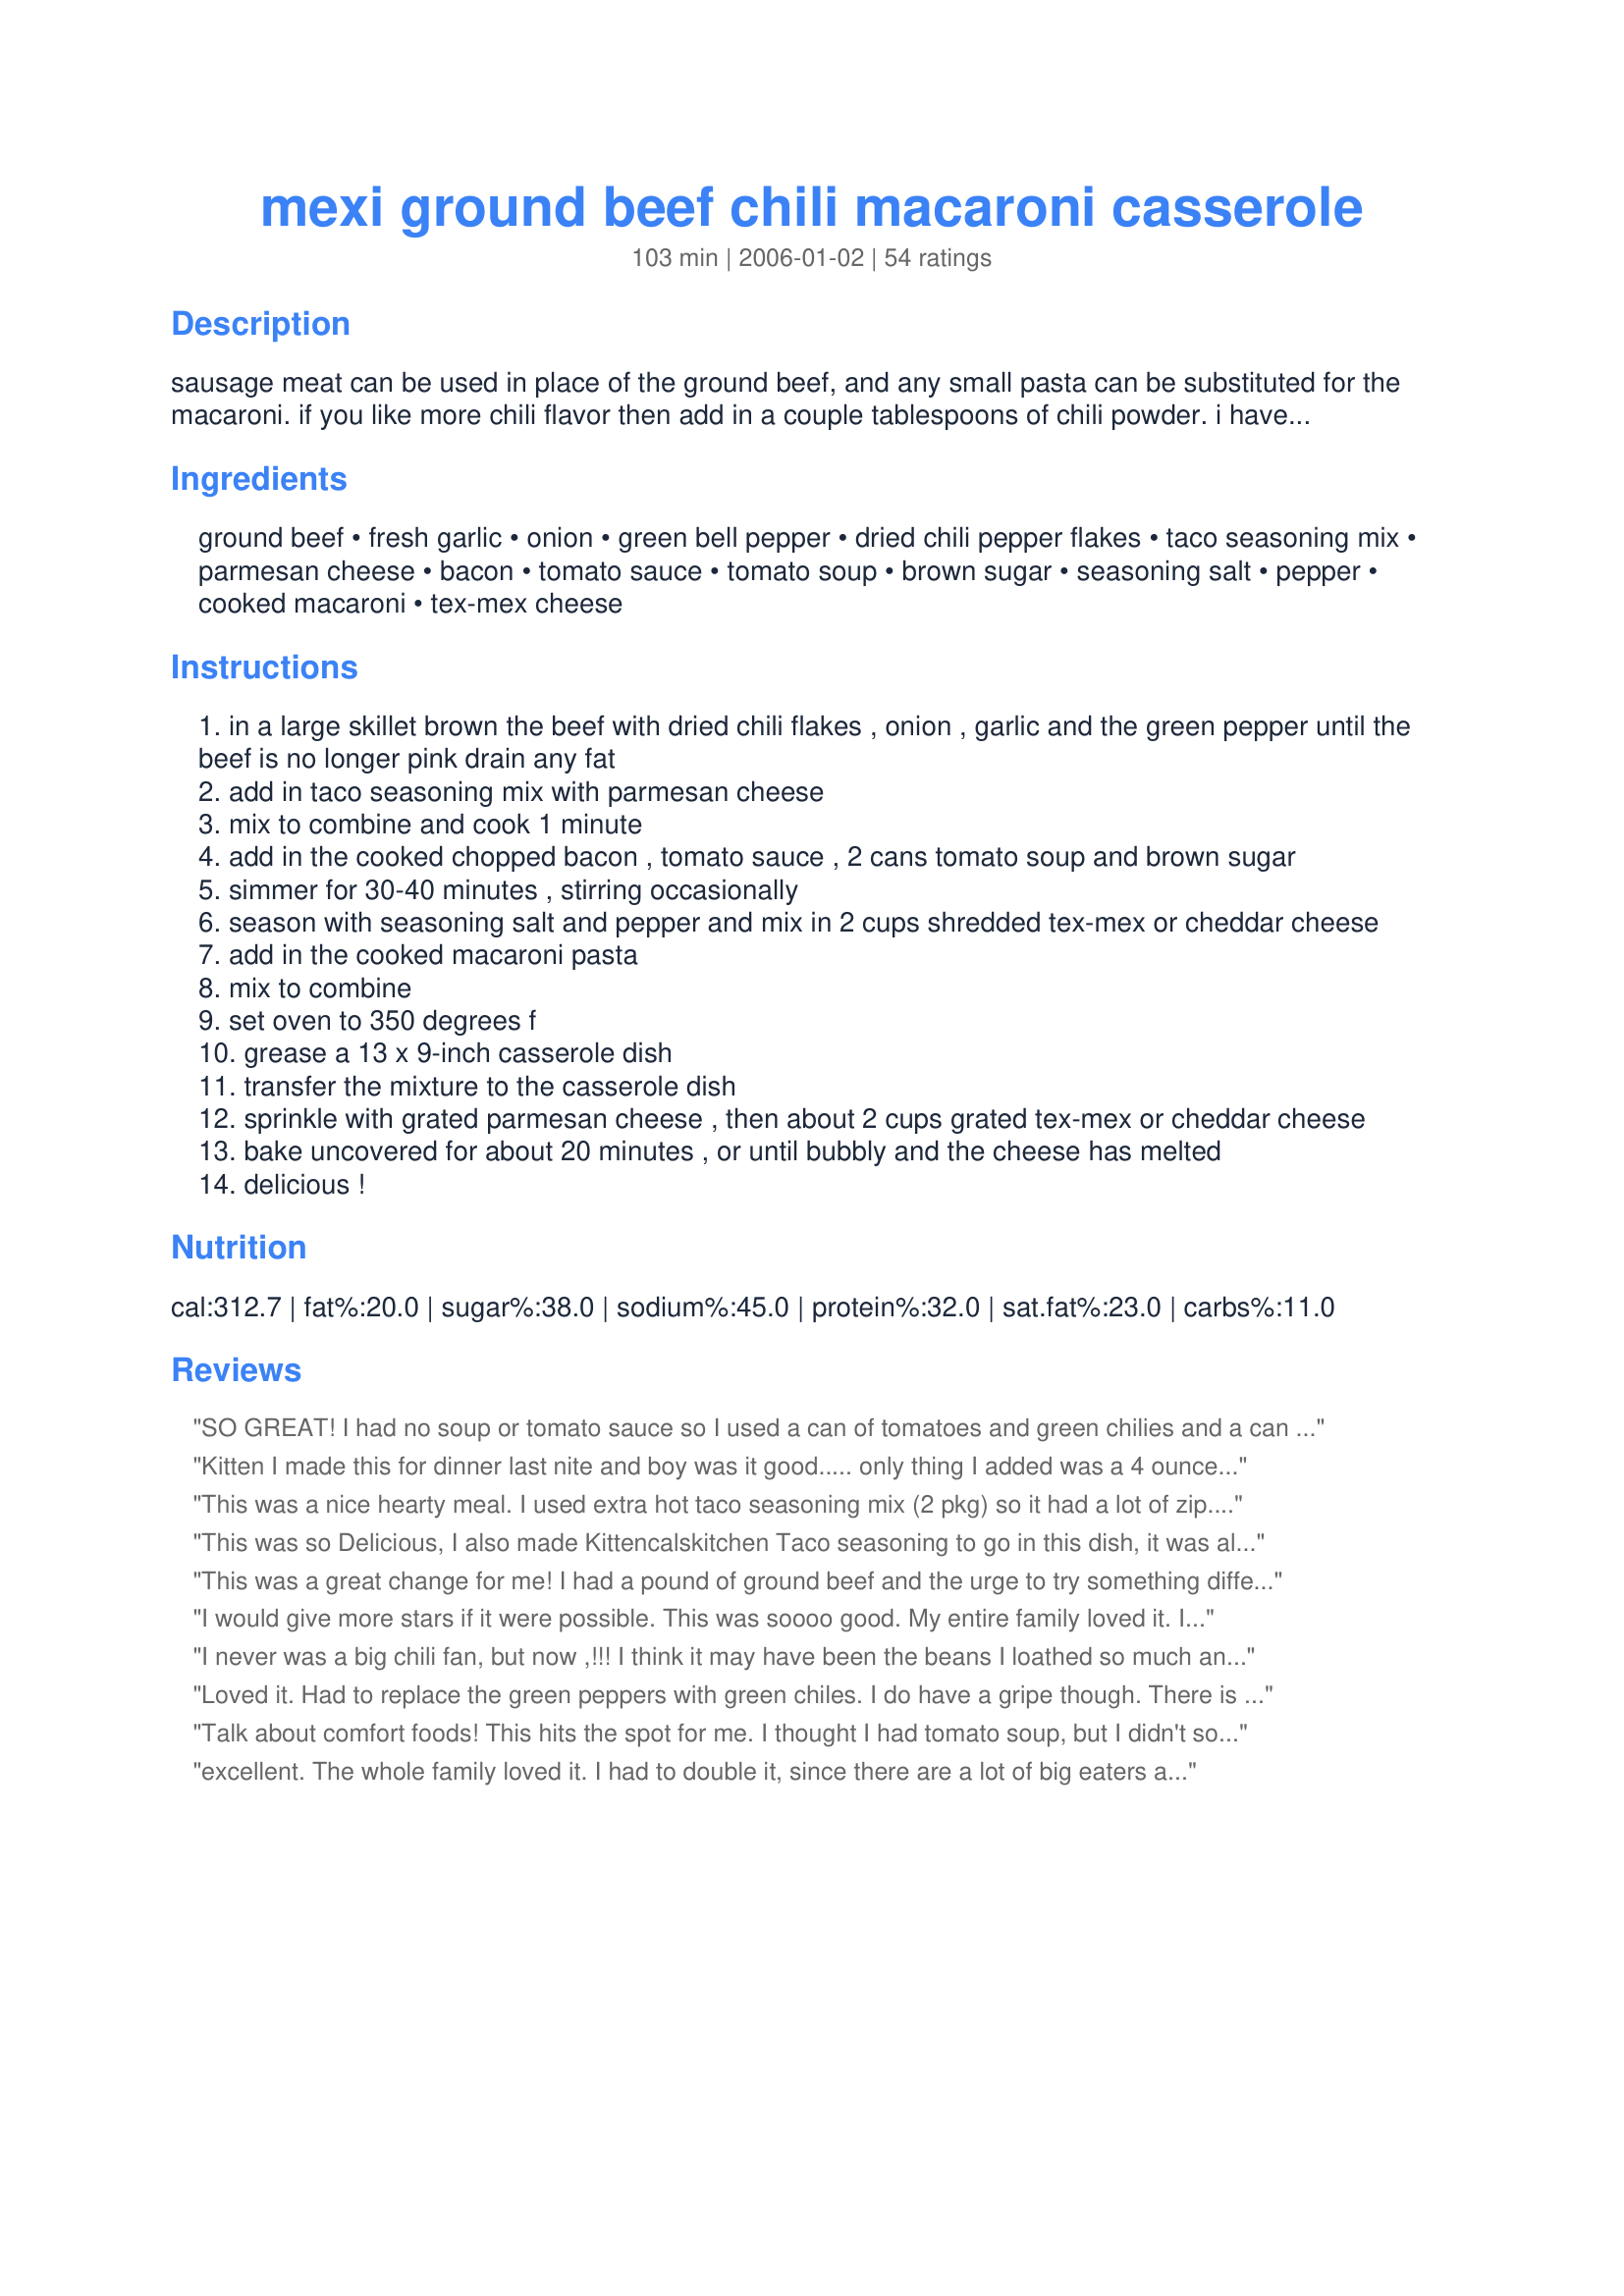
mexi ground beef chili macaroni casserole
Preparation time: 103 minutes

sausage meat can be used in place of the ground beef, and any small pasta can be substituted for the macaroni. if you like more chili flavor then add in a couple tablespoons of chili powder. i have even added in some red kidney beans and sliced green olives to this casserole, but that is optional. this casserole can be completely prepared up to 24 hours in advance, cover the casserole dish tightly with plastic wrap, then refrigerate until ready to bake, increase the cooking time slightly. for taco seasoning see recipe #76616.

Ingredients:
ground beef, fresh garlic, onion, green bell pepper, dried chili pepper flakes, taco seasoning mix, parmesan cheese, bacon, tomato sauce, tomato soup, brown sugar, seasoning salt, pepper, cooked macaroni, tex-mex cheese

Steps:
in a large skillet brown the beef with dried chili flakes , onion , garlic and the green pepper until the beef is no longer pink drain any fat
add in taco seasoning mix with parmesan cheese
mix to combine and cook 1 minute
add in the cooked chopped bacon , tomato sauce , 2 cans tomato soup and brown sugar
simmer for 30-40 minutes , stirring occasionally
season with seasoning salt and pepper and mix in 2 cups shredded tex-mex or cheddar cheese
add in the cooked macaroni pasta
mix to combine
set oven to 350 degrees f
grease a 13 x 9-inch casserole dish
transfer the mixture to the casserole dish
sprinkle with grated parmesan cheese , then about 2 cups grated tex-mex or cheddar cheese
bake uncovered for about 20 minutes , or until bubbly and the cheese has melted
delicious !

Reviews:
SO GREAT! I had no soup or tomato sauce so I used a can of tomatoes and green chilies and a can of diced tomatoes and black beans drained instead. I had no time to simmer for 30 minutes so I just put it all in the oven asap and it was great. Everyone raved!
I also doubled the hamburger and used a lb of pasta.
Kitten I made this for dinner last nite and boy was it good..... only thing I added was a 4 ounce can of mild diced green chiles.... of course I used your taco seasoning mix, single recipe. Don't like the store bought stuff.. have e-mailed both recipes to family and friends.. thanks for another award winning recipe ... nita i gave this recipe 5 stars, how did 2 show up?
This was a nice hearty meal. I used extra hot taco seasoning mix (2 pkg) so it had a lot of zip. I used condensed tomato soup and it was good; I was unsure if this should have been ready to eat or condensed. Definitely loved the extra spicy version.
This was so Delicious, I also made Kittencalskitchen Taco seasoning to go in this dish, it was also Delicious, I will definitely be looking for more recipes from kittencalskitchen...Thanks Kittencalkitchen.
This was a great change for me! I had a pound of ground beef and the urge to try something different. This appealed to me immediately! I added some beef chorizo to the hamburger, added about 1-1/2 cups of frozen corn and a can of black beans (rinsed) with the sauce. Instead of 2 cans of tomato soup, I used only one can and subbed a can of Rotel (diced tomatoes with chili peppers). It turned out great!!! My hubby said he loved it and I should make it again! Thanks for posting this wonderful recipe, Kittenscalskitchen!!!!
I would give more stars if it were possible. This was soooo good. My entire family loved it. I used both packets of taco spice and did not find it too spicy at all. Only change I mad was using 1/2 a green pepper and 1/2 of a red one. Will for sure make again. Thanks for another wonderful recipe Kitten.
I never was a big chili fan, but now ,!!! I think it may have been the beans I loathed so much and I was glad this recipe did not call for them and delighted to see it added a touch of sweetness as well. I followed the recipe almost directly with the exception of using cubed cooked potatoes instead of the pasta...Hormel has a chili and spuds ready made meal that gave me the idea. It turned out great. My husband who was skeptical at first only put a little on his plate but finished it in no time and went back for seconds but filled his plate to capacity!!! Thanks for another great one Kittencal!!
Loved it. Had to replace the green peppers with green chiles. I do have a gripe though. There is so much cheese on the top that it becomes an uncuttable blanket. Next time I will use less cheese on top. Thanks for sharing. Will make this again.
Talk about comfort foods! This hits the spot for me. I thought I had tomato soup, but I didn't so I used a 28 ounce can of garlic and herb tomato sauce. Used rigatoni pasta, about 3 teaspoons chili flakes, and added 1 serrano pepper for extra heat. To die for! I used parm, jack and cheddar cheeses! Thanks for another yet another keeper, kittencal!! Will make this often!

***Update: I made this last week for the 3rd time, but this time I finely diced up steak instead of the ground beef. It was OVER THE TOP!! This is seriously one of my favorite casserole/comfort dishes! Thanks again and again Kitten!!
excellent. The whole family loved it. I had to double it, since there are a lot of big eaters and we use last night&#039;s dinner for tomorrow&#039;s lunch. Fixed the entire thing by the recipe, and have no complaints. It is a recipe that can take adjustments and be good each time.
Since I didn't have some of the ingredients on hand I had to improvise and was a lil worried how it will turn out :) .... BUT it was YUM-MY !!!
I had no Bell Pepper nor the Tomato Soup and substituted it with some (frozen) corn and canned olives, also I only added 1 can of diced tomatoes.
It turned out great and I tell ya .. Just experiment a bit ;)
This is a perfect comfort dish!!! Didn't add any brown sugar and used low-fat mozzarella cheese. I also forgot to add the bacon!! ;) Thanks Kit - this was so good - and even better the next day when we had some leftovers!! :)
Great tasty recipe! I threw in a small link of chirzo and used one packet of hot and spicy taco seasoning. Just the right zing. I did not add any pepper flakes. I didn't add the bacon and used penne whole wheat noodles. We really enjoyed this one!
Fantatic recipe. The only change made is to use tomato sauce instead of tomato soup...just a personal preference. Thanks for the great recipe.
I don't usually make recipes with tomato soup in them, but this looked so good I went to the store and picked some up just to make it. I am sure glad I did, because this was one great casserole that everyone loved and the dish was empty at the end of the meal! My dad says to tell you, you can cook for him anytime :) Thanks for this wonderful addition to my recipe box!
I would have never thought of this recipe! What a great combination of flavors. I ended up using italian flavored sauce instead of tomato soup and it was really good. I also garnished with cilantro. The mixture of cheeses, meats and noodles was absolute genius.
I made this last week and thought it was outstanding!!! Very full of flavor and filling. Definatly will make again.
Really good. I think I would prefer to leave out the brown sugar next time. I am not fond of sweet chili, but it still was very good and the kids loved it! Thanks!
I LOVED this recipe! I used only 1 tsp of brown sugar. I didn't really see the need for the bacon and probably won't put it in next time. I'm not sure why because I'm a big fan of bacon but I just didn't think this recipe really needed it. I'll definately be making this again.
I made this last night and everyone liked it. The only changes I made was to add a can of kidney beans, and I didn't add the chili pepper because we are whimps and I have little ones. Thanks for a very different dinner.
I was just looking for something to make for dinner that used the ground beef I had thawed. This recipe sounded interessting. It was easy to make in one pot with an oven proof dutch oven. I chopped the bacon & fried it, then drained & removed. Cooked the beef in the same pot then added everthing else according to plan. Instead of transferring to a baking dish I just added cheese & popped it in the oven. Love one-pot meals! DH LOVED this recipe. Just raved like a lunatic about it all through dinner. DS was in full agreement with him, but I personally thought the taco flavor was too strong & I would have preferred to use les taco seasoning & more chili powder. It could be my taco seasoning (store-bought) not Kitt's homemade but I thought the taco flavor was overpowering without the kick of chili powder. I used radiatorre pasta & added in 1/2 teaspoon crushed red chili flakes. I'll be making this again as it was a huge hit but I will use 1/2 a packet of taco seasoning & add a 1-2 Tablespoons chili powder. Thanks for another great recipe, Kitt! Made in John's memory.
This was extra good! I make casseroles about 2x a week and needed a change. Very flavorful. I only used one packet of Taco Seasoning. I served it with cornbread. Thanks for the recipe! It will be added to our rotation :)
Tasty! This was really good! We like things a bit hot, so I added extra cumin, cayenne pepper and chili powder. Also added black olives to the mix and used lots of cheese! As my nephew said “who doesn’t like cheese?!”
I really liked this. I followed recipe as written using the link for Kittencal's Taco Seasoning Mix instead of store bought. I did as suggested and doubled the seasoning recipe but I think it was too much - I'd go without doubling next time. The dish was extremely spicy and I like spicy so that is saying alot. I salvaged it by cooking another pound of ground beef and simmering in more tomato sauce and tomato soup. I mixed it with the original batch and sprinkled with more cheese and baked again for 20 minutes. Very yummy and just the right amount of spice for us!
This had good flavor, my husband loved it! My kids and I thought it was a bit spicy (we're wimps) and we only used the one package of Taco mix. A couple things... it took a LOT longer than 30 minutes prep (cook the noodles, the bacon, chop everything, simmer the pot, transfer into casserole etc.) Also, I'd simmer for the full 40 minutes to reduce it as much as possible, otherwise it will be a bit runny as a casserole. Overall very tasty!
This was really good. I was nervous at first because we are not big tomato soup fans, but you coudn't taste it all. The only thing I would do different next time is use 1 teaspoon of brown sugar instead of 2. It made it a little two sweet. My husband thought it was even better the next day. Thanks for sharing. Great recipe!! =)
This was really good...almost like a Mexican Ziti. I used half a package of taco seasoning and half a package of chili seasoning. It turned out great. I like this recipe because the spices make it unique.
Once again another winner. My family loved this..
Sorry in advance for all the changes I made, but in my defense it was all I had on hand! Omitted the onion, only had half of the tomato sauce and none of the soup, so added a can of diced tomatoes. Had a BUNCH of extra cooked rice on hand, so substituted it for the macaroni. Used your taco seasoning mix minus the cumin. Used bacon bits (the real ones) instead of strips of bacon. Also used about half of the cheese(cheddar). So much for me rating your recipe, seems I've made my own! =P But this was VERY good, next time I will have to make it right - I'm sure it's much better! Thanks again for another great recipe! Nowadways I tell my husband 'It's Kittencal!' and get a 'Ah that's why it's so good!' Thanks~
used soy ground beef and no bacon but found it was mushy and so tomato-y. was easy and had a nice bite to it but a bit too much tomato flavour.
Absolutly amazing. We used a tablespoon of red pepper flakes, and used about 5 tablespoons of Siracha, the macaroni absorbed the siracha, and my dad and I ate the whole thing together. Best food I&#039;ve had in a while.
Very tasty. I added sliced olives and green onions on the top for a pretty appearance and taste. Next time I am going to leave out the pasta and put the mixture in hard shell tacos. I also used hot taco seasoning and cut down on the amount of cheese. This is a very fun receipe to play with. Way to go KittenCal
Fantastic! This dish was deliciouis. I added only one package of taco seasoning as well and the texture was incredible. My husband loved it as well. This is absolutely a keeper! Also, it is best not to skip the green peppers, because they definitely add a special flavor to the blend. Great recipe!
Another great one from you! I did only use 1 package of taco seasoning but all the chili flakes.and made it a few hours before and husband threw it in the oven. I did not put any extra cheese on top. Everyone loved it. My husband ate it for two more days. Thank you very much for sharing. I wil def be making this again, maybe in two smaller trays and freeze one.
This was very good Kitten, everyone told me to keep the recipe as is but I think I will try just one package of taco mix next time, it was a little strong for me, just the taco flavor, maybe 1 package and as you suggested add some chili powder, I think I will do that, anyway, we all loved it, THANKS again for another great recipe!
This tastes awesome!! My husband is always asking me to make it all the time. I do put a little less taco seasoning in it, but really a great recipe!
As usual, Kitten doesn&#039;t disappoint. Made as directed. Very good.
This was a great dish. I used 1 can of soup, 1 cup of picante sauce and tomato sauce. Since I didn't have taco seasoning I used chili seasoning.
Superbe! Made it for my family they all loved it...thanks

Lynn
WOW what a great recipe! I doubled it for the second time! Thanks Tinker!
This is really good! It's a bit time-consuming to make, but worth it in the end, especially since it makes such a big batch. I almost left the bacon out, but I'm glad I didn't. It gave it a whole different flavor. Very unique.
*Added 1/17/08-- The flavor was too strong this time I made it, so I added a can of spaghetti sauce. That helped tone it down a little bit.
this is a casserole with a kick, Kit we enjoyed this very much, didn't use garlic either the chile flakes, just used 1 package taco season, , we definately make again, thank you Kit
I made this in a hurry. Didn't have the tomato soup, so used tomato sauce instead. Used garlic powder and onion powder. Omitted the green pepper because DH doesn't like it. Did use the pepper flakes and a little brown sugar. I added kidney beans and sliced black olives. Glad that I did. Served with corn bread and will make again. Hopefully giving it more time for the flavors to meld.
Kittencal always makes me look good. This recipe is no exception and I screwed up plenty getting this ready for last week's potluck at work. Bought tomato paste instead of sauce so used stewed tomatoes instead. My salt shaker blew it's lid while I had it tipped over the pan. I scraped a lot out but I still worried. The oven at work I found out doesn't work very well so it wasn't all that hot when I had to serve it. I put it under the broiler though and that helped a lot. The great reviews didn't stop coming and even on Friday, my co-workers were still eating it. I don't normally like spicy but I did taste this and it was great. Might add kidney beans next time but I like to do it exactly as the chef says the first time. Thanks Kitten. As always...
I just made this recipe and had to sign up for this site to share how great it was! I went by the recipe but added a few things: cut up jalape?os, a tablespoon of chili paste, and some cherry tomatoes when browning the hamburger, lots of chopped cilantro into the sauce mix before adding the pasta, and 2 cups of queso fresco along with a little tex-mex cheese mix on the top of the casserole (The queso fresco won't melt, so I'm glad I added both.) It's spicy and delicious! I'll definitely be making this again.
This was really good. Loved the spiciness!! Easy and inexpenive. My family loves goulash type meals so I will be making this again. Thanks!
This was very good and easy to make. I used Passata instead of tomato soup and not as much cheese as the recipe said - I used half cheddar and half mozzerella. The hotness of the chilli was just right.
This is very good! I used only one pack of Taco Seasoning and some red pepper flakes. Its easy, fast and delicious!
I gave this recipe 4 stars my hubby says 5..... I only used one pkg. of taco seasoning and it was plenty spicy for us...I also thru in a can of fiesta corn...
I made this solely for the purpose of using up more tomato soup. :) I really enjoyed it, with one drawback. It seemed a little bitter (? if that is the word I am looking for). I used a double recipe of recipe #76616 for the taco seasoning. I had prepared that with the largest amount of cumin, 3 tsp. per batch. I think that might have been the culprit, and would use less next time. I did not add any pepper flakes, parmesan cheese, or brown sugar. And, although I usually use seasoning salt for your recipes, I found I was out and had to use white salt. Used 8 oz. macaroni (not sure how much that was cooked). And I really think I had closer to 3 c. of cheese (used cheddar), but it was enough. I will likely make this again, at least until the tomato soup is gone.
My family all enjoyed this! We did make a few slight alterations. We only used one can of tomato soup and only one package of taco seasoning (which was the Hot'n'Spicy variety). We chose to omit the pepper flakes. We did put in about one tablespoon of the brown sugar. And we are glad we did. It really helped balance the heat of the taco seasoning. Oh and we only used 2 cups of chedder cheese total. My fiance doesn't like cheese and can't stand parmesan. My sons and I added the parmesan to our servings though. While it looks like a lot of changes, I don't think it was anything too major. I feel that the dish was still represented in the original manner intended. We will make this again and again! Thanks for posting this gem!
I&#039;ve never made this w/ the bacon. I have made this about twice a month for some time now. My husband is the type to tire of things that are repeated for any duration, but this is a request on his hit parade fairly often. I sure like a recipe I can recall from memory when I&#039;m in the grocery store and caught off-guard w/out a list. The pasta and burger amunts can be fudged a bit and still have great flavors.
I was skeptial to try this one. Even tho Kitten's recipes are always great, never had a bad one. The ingredients in this just seemed strange. Looking for something different I decided to give it a try.
We loved it! Great change from baked ziti type recipes.
I did make a few changes. Instead of the ground beef I used some beef enchilada mix I had leftover in the freezer. Basically the same thing, but with black beans and ground beef. Added the remaining ingredients as written, but tossed in a drained can of Rotel tomatoes.
Great recipe, made a ton, which is great since I can have leftovers for lunch today.
Another yummy winner, thank you!
We LOVED this!!!!!!!!! Can't wait to have it again for lunch!!!!! Thanks for a great recipe!! :)
